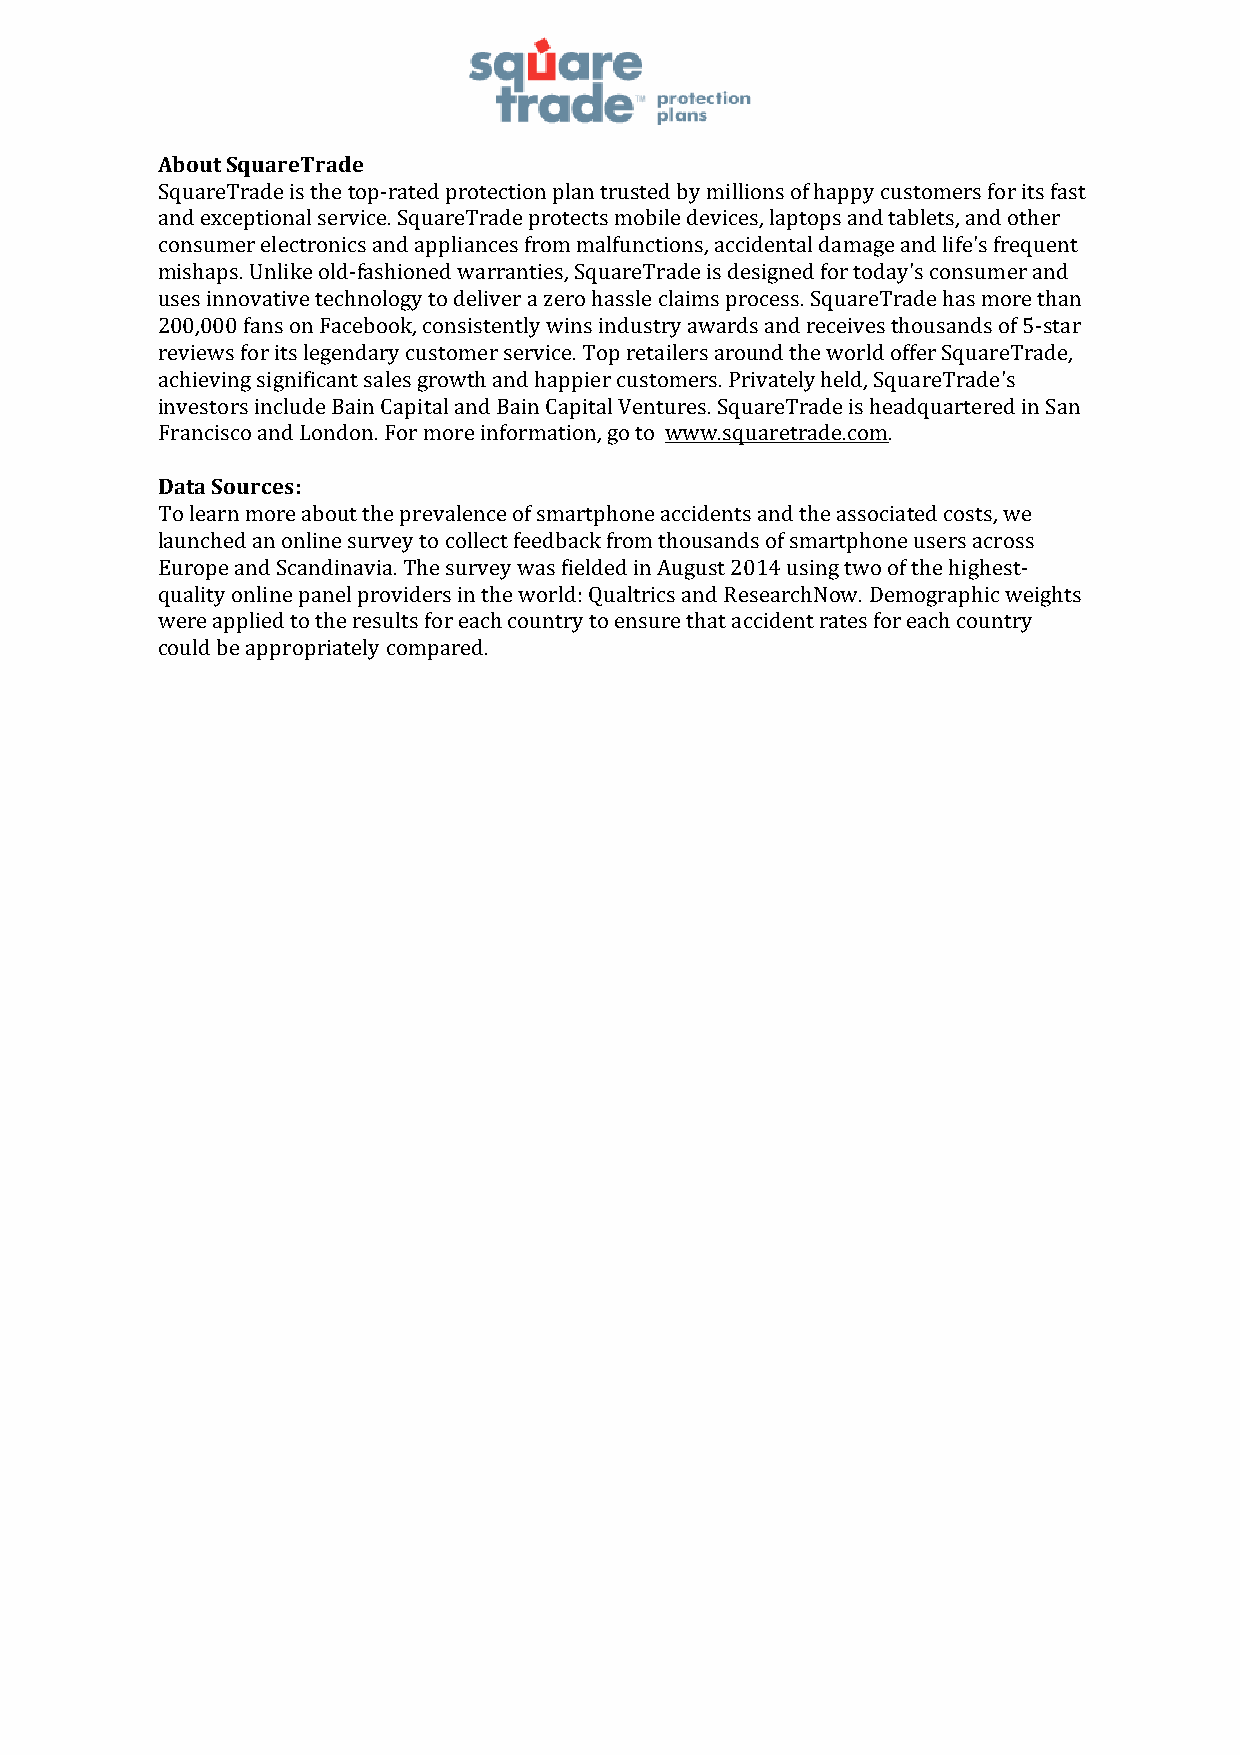
About SquareTrade
 SquareTrade is the top-­‐rated protection plan trusted by millions of happy customers for its fast
 and exceptional service. SquareTrade protects mobile devices, laptops and tablets, and other
 consumer electronics and appliances from malfunctions, accidental damage and life's frequent
 mishaps. Unlike old-­‐fashioned warranties, SquareTrade is designed for today's consumer and
 uses innovative technology to deliver a zero hassle claims process. SquareTrade has more than
 200,000 fans on Facebook, consistently wins industry awards and receives thousands of 5-­‐star
 reviews for its legendary customer service. Top retailers around the world offer SquareTrade,
 achieving significant sales growth and happier customers. Privately held, SquareTrade's
 investors include Bain Capital and Bain Capital Ventures. SquareTrade is headquartered in San
 Francisco and London. For more information, go to www.squaretrade.com.
 Data Sources:
 To learn more about the prevalence of smartphone accidents and the associated costs, we
 launched an online survey to collect feedback from thousands of smartphone users across
 Europe and Scandinavia. The survey was fielded in August 2014 using two of the highest-­‐
 quality online panel providers in the world: Qualtrics and ResearchNow. Demographic weights
 were applied to the results for each country to ensure that accident rates for each country
 could be appropriately compared.